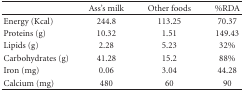
|  | Ass's milk | Other foods | %RDA |
 | --- | --- | --- | --- |
 | Energy (Kcal) | 244.8 | 113.25 | 70.37 |
 | Proteins (g) | 10.32 | 1.51 | 149.43 |
 | Lipids (g) | 2.28 | 5.23 | 32% |
 | Carbohydrates (g) | 41.28 | 15.2 | 88% |
 | Iron (mg) | 0.06 | 3.04 | 44.28 |
 | Calcium (mg) | 480 | 60 | 90 |